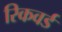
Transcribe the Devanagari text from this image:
रिकवर्ड